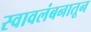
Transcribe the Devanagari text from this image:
स्वावलंबनातून